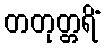
တတုတ္တရိံ